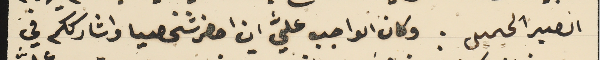
الصبر الجميل. وكان الواجب عليَّ ان احضر شخصيا واشارككم في